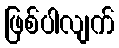
ဖြစ်ပါလျက်